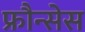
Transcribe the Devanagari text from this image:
फ्रौन्सेस